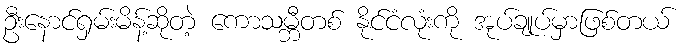
ဦးနောင်ရှမ်းမိန့်ဆိုတဲ့ ကောသမ္ဘီတစ် နိုင်ငံလုံးကို အုပ်ချုပ်မှာဖြစ်တယ်